Report on vaccination in the Province of Bengal - 1869-1873
Year: 1869
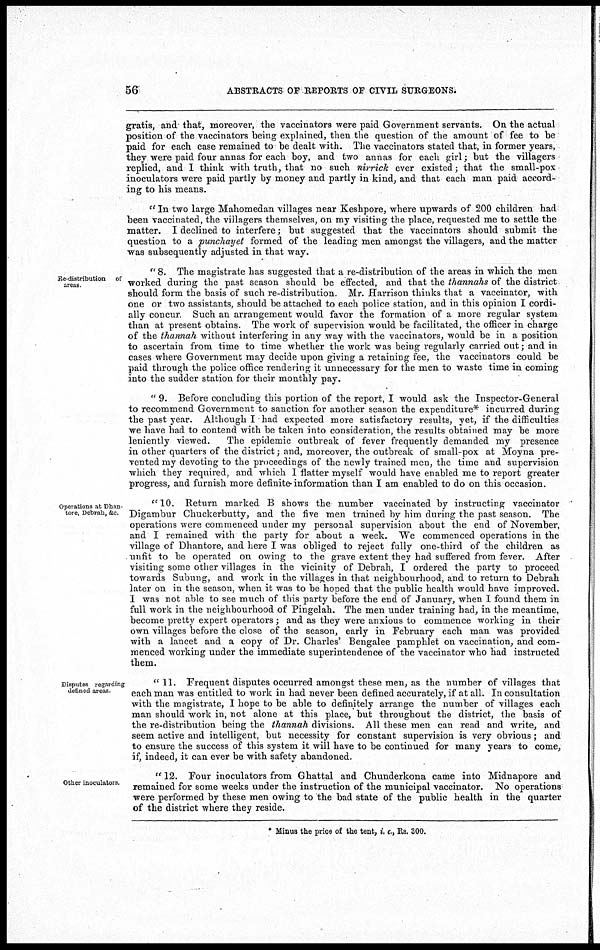
56
ABSTRACTS OF REPORTS OF CIVIL SURGEONS.
gratis, and that, moreover, the vaccinators were paid Government servants. On the actual
position of the vaccinators being explained, then the question of the amount of fee to be
paid for each case remained to be dealt with. The vaccinators stated that, in former years,
they were paid four annas for each boy, and two annas for each girl; but the villagers
replied, and I think with truth, that no such nirrick ever existed; that the small-pox
inoculators were paid partly by money and partly in kind, and that each man paid accord-
ing to his means.
'' In two large Mahomedan villages near Keshpore, where upwards of 200 children had
been vaccinated, the villagers themselves, on my visiting the place, requested me to settle the
matter. I declined to interfere; but suggested that the vaccinators should submit the
question to a punchayet formed of the leading men amongst the villagers, and the matter
was subsequently adjusted in that way.
Re distribution of
areas
" 8. The magistrate has suggested that a re-distribution of the areas in which the men
worked during the past season should be effected, and that the thannahs of the district
should form the basis of such re-distribution. Mr. Harrison thinks that a vaccinator, with
one or two assistants, should be attached to each police station, and in this opinion I cordi-
ally concur. Such an arrangement would favor the formation of a more regular system
than at present obtains. The work of supervision would be facilitated, the officer in charge
of the thannah without interfering in any way with the vaccinators, would be in a position
to ascertain from time to time whether the work was being regularly carried out; and in
cases where Government may decide upon giving a retaining fee, the vaccinators could be
paid through the police office rendering it unnecessary for the men to waste time in coming
into the sudder station for their monthly pay.
" 9. Before concluding this portion of the report, I would ask the Inspector-General
to recommend Government to sanction for another season the expenditure* incurred during
the past year. Although I had expected more satisfactory results, yet, if the difficulties
we have had to contend with be taken into consideration, the results obtained may be more
leniently viewed.
The epidemic outbreak of fever frequently demanded my presence
in other quarters of the district; and, moreover, the outbreak of small-pox at Moyna pre-
vented my devoting to the proceedings of the newly trained men, the time and supervision
which they required, and which I flatter myself would have enabled me to report greater
progress, and furnish more definite information than I am enabled to do on this occasion.
Operations at Dhan
tore, Debrah, &c.
"10. Return marked B shows the number vaccinated by instructing vaccinator
Digambur Chuckerbutty, and the five men trained by him during the past season. The
operations were commenced under my personal supervision about the end of November,
and I remained with the party for about a week. We commenced operations in the
village of Dhantore, and here I was obliged to reject fully one-third of the children as
unfit to be operated on owing to the grave extent they had suffered from fever. After
visiting some other villages in the vicinity of Debrah, I ordered the party to proceed
towards Subung, and work in the villages in that neighbourhood, and to return to Debrah
later on in the season, when it was to be hoped that the public health would have improved.
I was not able to see much of this party before the end of January, when I found them in
full work in the neighbourhood of Pingelah. The men under training had, in the meantime,
become pretty expert operators; and as they were anxious to commence working in their
own villages before the close of the season, early in February each man was provided
with a lancet and a copy of Dr. Charles' Bengalee pamphlet on vaccination, and com-
menced working under the immediate superintendence of the vaccinator who had instructed
them.
Disputes regarding
defined areas
" 11. Frequent disputes occurred amongst these men, as the number of villages that
each man was entitled to work in had never been defined accurately, if at all. In consultation
with the magistrate, I hope to be able to definitely arrange the number of villages each
man should work in, not alone at this place, but throughout the district, the basis of
the re-distribution being the thannah divisions. All these men can read and write, and
seem active and intelligent, but necessity for constant supervision is very obvious ; and
to ensure the success of this system it will have to be continued for many years to come,
if, indeed, it can ever be with safety abandoned.
Other inoculators.
" 12. Four inoculators from Ghattal and Chunderkona came into Midnapore and
remained for some weeks under the instruction of the municipal vaccinator. No operations
were performed by these men owing to the bad state of the public health in the quarter
of the district where they reside.
* Minus the price of the tent, i. e., Rs. 300.